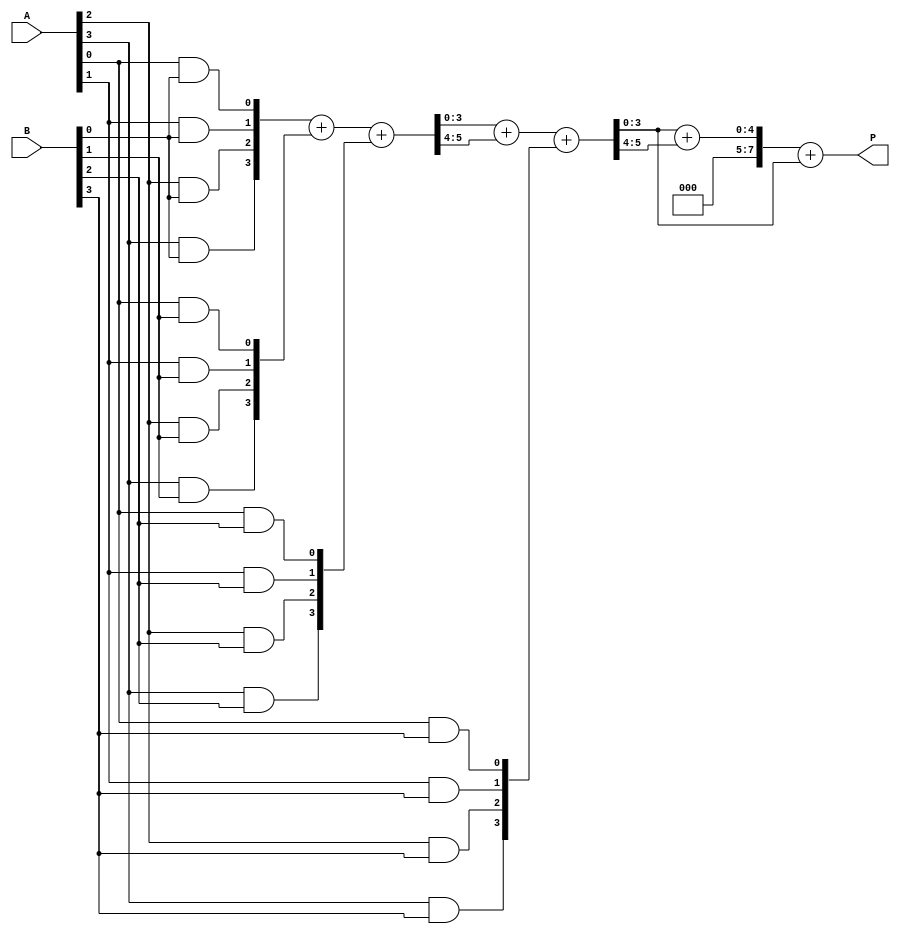
module wallace_tree_multiplier #(parameter N = 4) (
    input [N-1:0] A,
    input [N-1:0] B,
    output [2*N-1:0] P
);
    // Partial product generation
    wire [N-1:0] pp[N-1:0]; // Partial products

    genvar i, j;
    generate
        for (i = 0; i < N; i = i + 1) begin : pp_gen
            for (j = 0; j < N; j = j + 1) begin : pp_row
                assign pp[i][j] = A[j] & B[i];
            end
        end
    endgenerate

    // Carry-save adder (CSA) for reduction stage
    wire [N-1:0] sum[N-1:0];
    wire [N-1:0] carry[N-1:0];

    // Initialize the first two rows for CSA
    assign sum[0] = pp[0]; // First partial product
    assign carry[0] = pp[1]; // Second partial product

    // Reduction stage
    genvar k;
    generate
        for (k = 1; k < N; k = k + 1) begin : reduction_stage
            if (k < N-1) begin
                // Add three inputs (two partial products + carry)
                assign {carry[k], sum[k]} = sum[k-1] + carry[k-1] + pp[k+1];
            end else begin
                assign {carry[k], sum[k]} = sum[k-1] + carry[k-1];
            end
        end
    endgenerate

    // Final addition
    wire [2*N-1:0] final_sum;
    assign final_sum = {carry[N-1], sum[N-1]} + {1'b0, sum[N-2]};

    assign P = final_sum;

endmodule